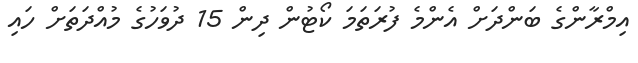
އިމްރާންގެ ބަންދަށް އެންމެ ފުރަތަމަ ކޯޓުން ދިން 15 ދުވަހުގެ މުއްދަތަށް ހައި